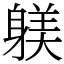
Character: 躾